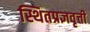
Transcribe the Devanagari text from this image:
स्थितप्रज्ञवृत्ती